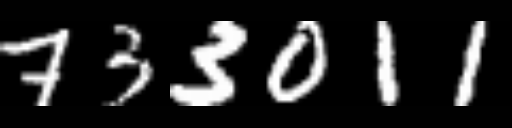
Text: 733011